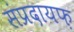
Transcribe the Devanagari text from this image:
संप्रदायफ़